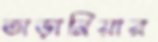
তাড়ানিয়ার